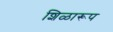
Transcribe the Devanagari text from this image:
शिळारूप